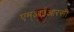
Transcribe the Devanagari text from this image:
एम्आईआरसी